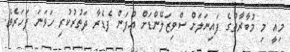
މިއީ މި މުބާރާތުގެ ފައިނަލަށް ސްވިޒަލޭންޑަށް އުފަން ފެޑެރާ ދަތުރުކުރި ހަވަނަ ފަހަރެވެ.